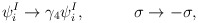
\begin{align*}\psi _{i}^{I}\rightarrow \gamma _{4}\psi _{i}^{I},\qquad \quad \sigma\rightarrow -\sigma , \end{align*}